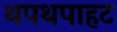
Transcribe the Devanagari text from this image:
थपथपाहट